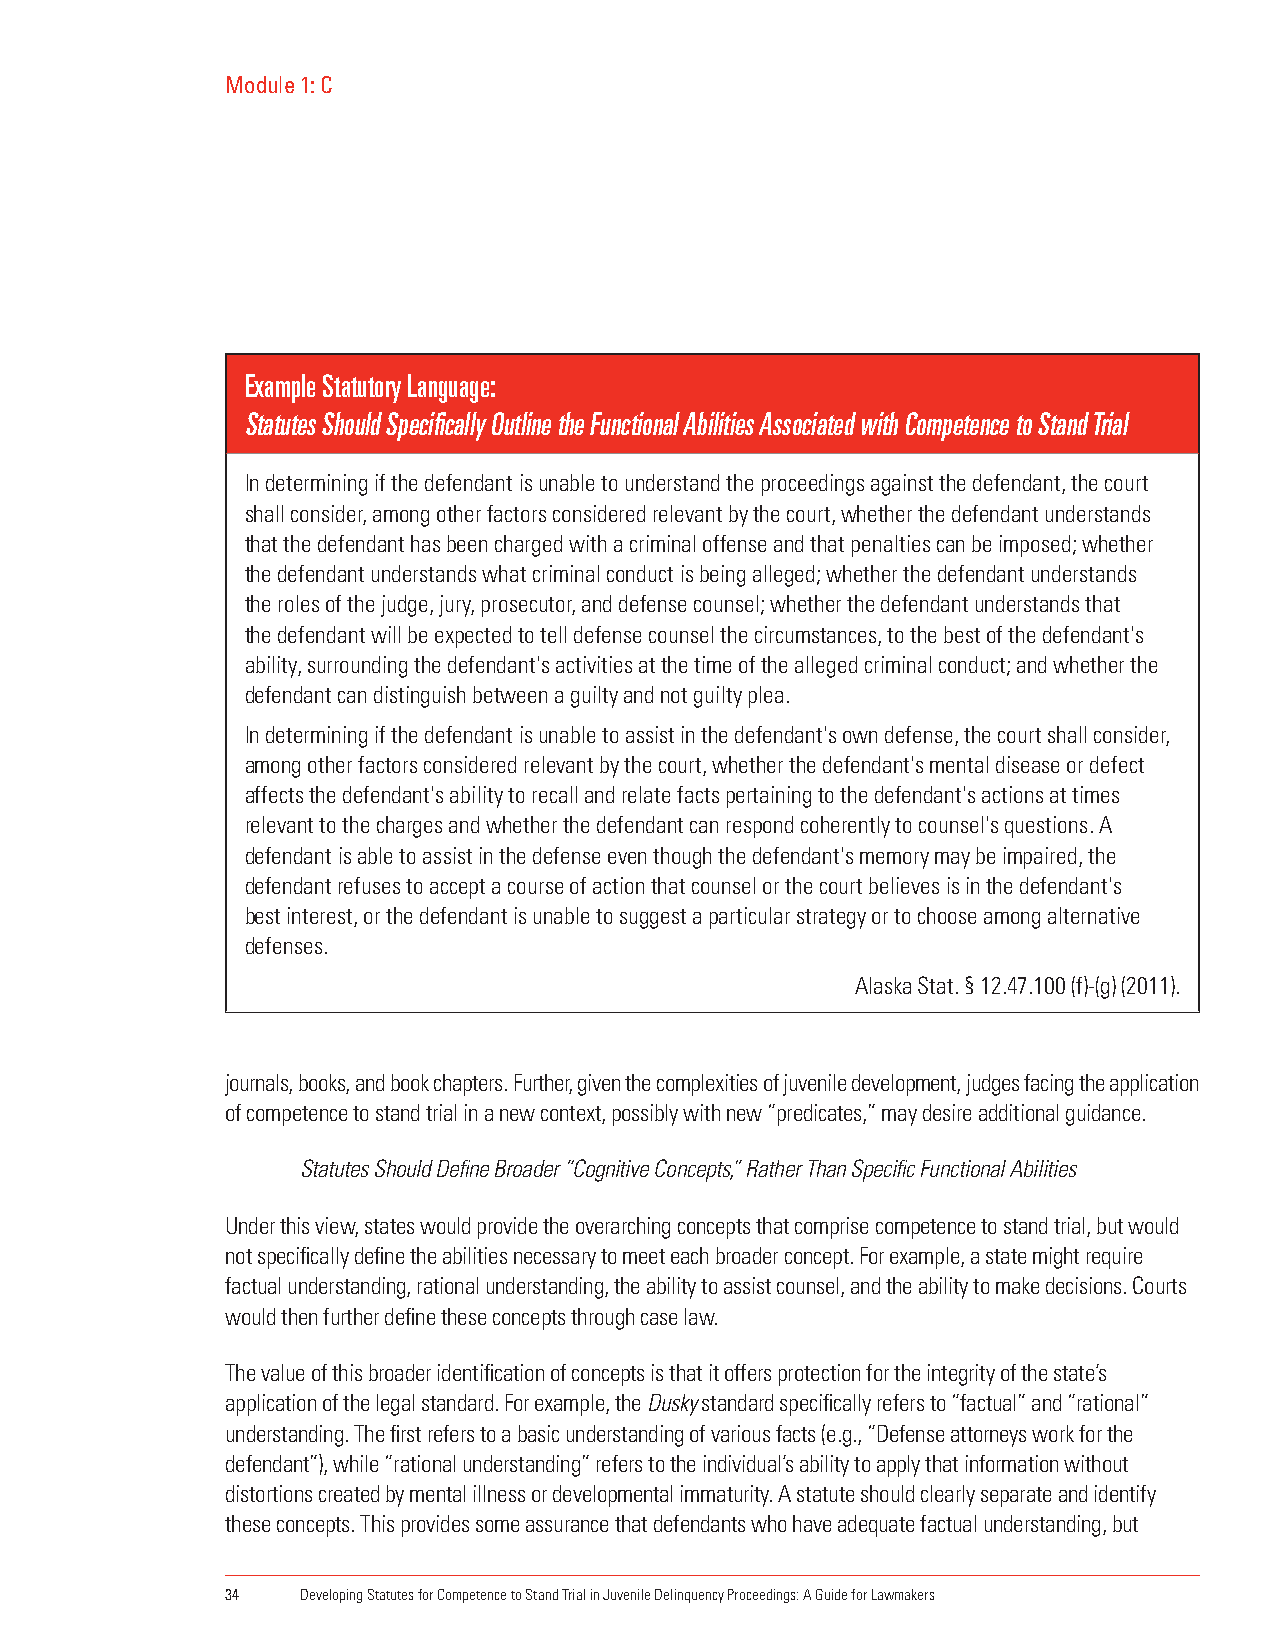
Module 1: C
 Example Statutory Language:
 Statutes Should Specifically Outline the Functional Abilities Associated with Competence to Stand Trial
 In determining if the defendant is unable to understand the proceedings against the defendant, the court
 shall consider, among other factors considered relevant by the court, whether the defendant understands
 that the defendant has been charged with a criminal offense and that penalties can be imposed; whether
 the defendant understands what criminal conduct is being alleged; whether the defendant understands
 the roles of the judge, jury, prosecutor, and defense counsel; whether the defendant understands that
 the defendant will be expected to tell defense counsel the circumstances, to the best of the defendant's
 ability, surrounding the defendant's activities at the time of the alleged criminal conduct; and whether the
 defendant can distinguish between a guilty and not guilty plea.
 In determining if the defendant is unable to assist in the defendant's own defense, the court shall consider,
 among other factors considered relevant by the court, whether the defendant's mental disease or defect
 affects the defendant's ability to recall and relate facts pertaining to the defendant's actions at times
 relevant to the charges and whether the defendant can respond coherently to counsel's questions. A
 defendant is able to assist in the defense even though the defendant's memory may be impaired, the
 defendant refuses to accept a course of action that counsel or the court believes is in the defendant's
 best interest, or the defendant is unable to suggest a particular strategy or to choose among alternative
 defenses.
 Alaska Stat. § 12.47.100 (f)-(g) (2011).
 journals, books, and book chapters. Further, given the complexities of juvenile development, judges facing the application
 of competence to stand trial in a new context, possibly with new “predicates,” may desire additional guidance.
 Statutes Should Define Broader “Cognitive Concepts,” Rather Than Specific Functional Abilities
 Under this view, states would provide the overarching concepts that comprise competence to stand trial, but would
 not specifically define the abilities necessary to meet each broader concept. For example, a state might require
 factual understanding, rational understanding, the ability to assist counsel, and the ability to make decisions. Courts
 would then further define these concepts through case law.
 The value of this broader identification of concepts is that it offers protection for the integrity of the state’s
 application of the legal standard. For example, the Dusky standard specifically refers to “factual” and “rational”
 understanding. The first refers to a basic understanding of various facts (e.g., “Defense attorneys work for the
 defendant”), while “rational understanding” refers to the individual’s ability to apply that information without
 distortions created by mental illness or developmental immaturity. A statute should clearly separate and identify
 these concepts. This provides some assurance that defendants who have adequate factual understanding, but
 34   Developing Statutes for Competence to Stand Trial in Juvenile Delinquency Proceedings: A Guide for Lawmakers